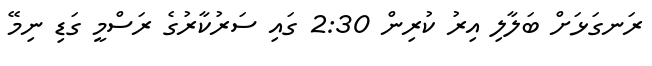
ރަނގަޅަށް ބަލާލި އިރު ކުރިން 2:30 ގައި ސަރުކާރުގެ ރަސްމީ ގަޑި ނިމޭ